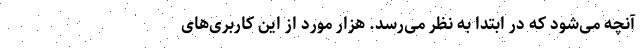
آنچه می‌شود که در ابتدا به نظر می‌رسد. هزار مورد از این کاربری‌های